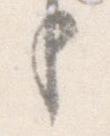
り